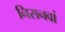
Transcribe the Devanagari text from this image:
निसनवां